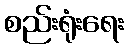
စည်းရုံးရေး